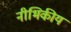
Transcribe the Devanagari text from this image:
नीभिकीय